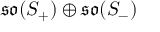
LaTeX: { \mathfrak { s o } } ( S _ { + } ) \oplus { \mathfrak { s o } } ( S _ { - } )